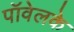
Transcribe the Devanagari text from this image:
पॉवेलके